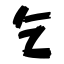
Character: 乞